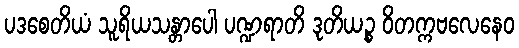
ပဒစေတိယံ သူရိယသန္တာပေါ ပဏ္ဍရာတိ ဒုတိယဉ္စ ဝိတက္ကဗလေနေဝ